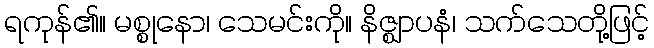
ရကုန်၏။ မစ္စုနော၊ သေမင်းကို။ နိဇ္ဈာပနံ၊ သက်သေတို့ဖြင့်